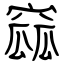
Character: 窳